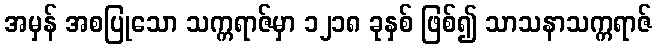
အမှန် အစပြုသော သက္ကရာဇ်မှာ ၁၂၁၈ ခုနှစ် ဖြစ်၍ သာသနာသက္ကရာဇ်